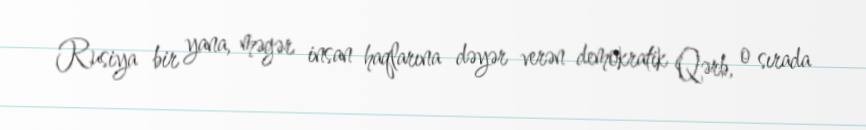
Rusiya bir yana, məgər insan haqlarına dəyər verən demokratik Qərb, o sırada